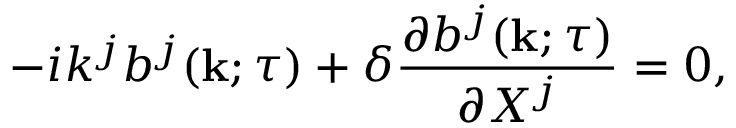
- i k ^ { j } b ^ { j } ( { \bf { k } } ; \tau ) + \delta \frac { \partial b ^ { j } ( { \bf { k } } ; \tau ) } { \partial X ^ { j } } = 0 ,